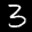
Label: 3